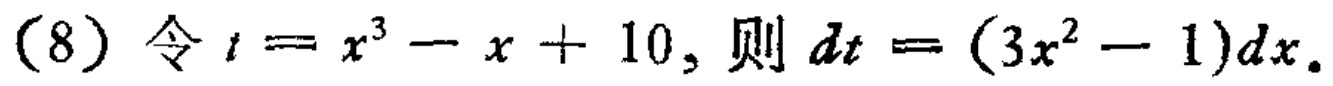
(8) 令 \(t = x^{3}-x + 10\), 则 \(dt=(3x^{2}-1)dx\).